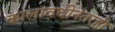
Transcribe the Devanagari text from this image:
कालावधीनंतरही